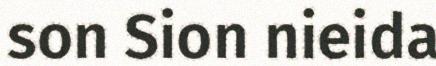
son Sion nieida